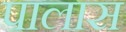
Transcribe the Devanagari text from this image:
पालास